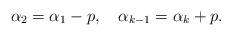
LaTeX: \begin{align*} \alpha_2=\alpha_1-p,\quad\alpha_{k-1} = \alpha_k+p. \end{align*}